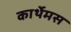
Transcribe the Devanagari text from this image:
कार्थेमस